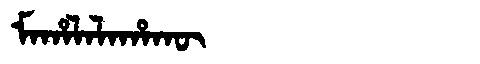
Manchu: ᠮᠠᡥᠠᠯᠠᠯᠠᡥᠠᡴᡡ
Romanization: MAHALALAHAKŪ